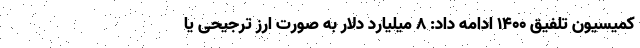
کمیسیون تلفیق ۱۴۰۰ ادامه داد: ۸ میلیارد دلار به صورت ارز ترجیحی یا